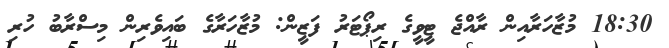
18:30 މުޒާހަރާއިން ރާއްޖެ ޓީވީގެ ރިޕޯޓަރު ފަޒީން: މުޒާހަރާގެ ބައިވެރިން މިސްރާބު ހުރި